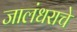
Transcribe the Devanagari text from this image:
जालंधराचे